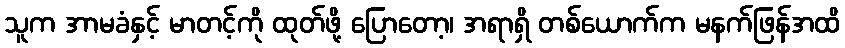
သူက အာမခံနှင့် မာတင့်ကို ထုတ်ဖို့ ပြောတော့၊ အရာရှိ တစ်ယောက်က မနက်ဖြန်အထိ